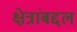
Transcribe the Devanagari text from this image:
क्षेत्रांबद्दल